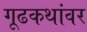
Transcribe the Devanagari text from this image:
गूढकथांवर